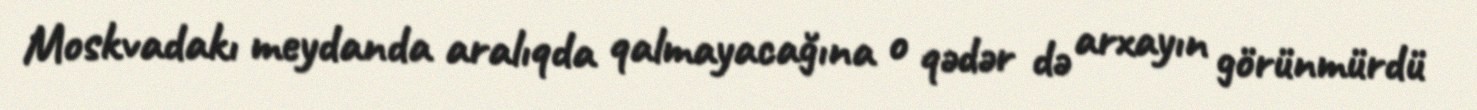
Moskvadakı meydanda aralıqda qalmayacağına o qədər də arxayın görünmürdü